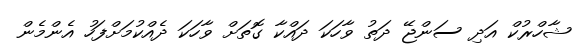
ޝާހްރުކް އަދި ސަންޖޭ ދަތު ވާހަކަ ދައްކާ ގޮތަށް ވާހަކަ ދެއްކުމަށްފަހު އެންމެން